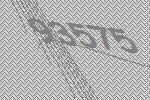
93575